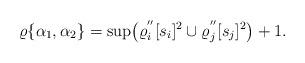
LaTeX: \begin{align*}\varrho\{\alpha_{1},\alpha_{2}\}=\sup\bigr{(}\varrho_{i}^{''}[s_{i}]^{2}\cup\varrho_{j}^{''}[s_{j}]^{2}\bigr{)}+1.\end{align*}